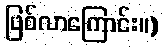
ဖြစ်လာကြောင်း။)